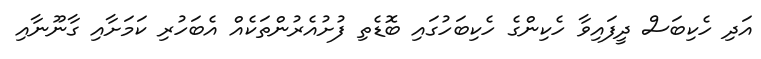
އަދި ހެކިބަސް ދީފައިވާ ހެކިންގެ ހެކިބަހުގައި ބޮޑެތި ފުށުއެރުންތަކެއް އެބަހުރި ކަމަށާއި ގާނޫނާއި